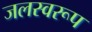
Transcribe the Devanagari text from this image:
जलस्वरूप